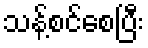
သန့်စင်စေပြီး